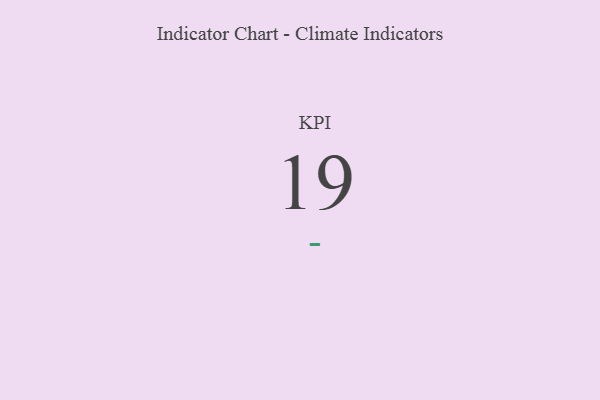
{"axis": {"x": "KPI", "y": "Value"}, "legend": [""], "data": [{"x": "KPI", "y": 19, "type": ""}]}